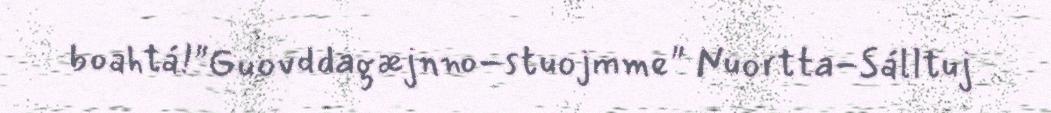
boahtá!"Guovddagæjnno-stuojmme" Nuortta-Sálltuj